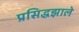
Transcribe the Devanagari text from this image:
प्रसिद्धझाले